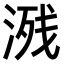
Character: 𣸶